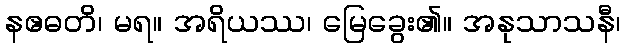
နဧဓတိ၊ မရ။ အရိယဿ၊ မြေခွေး၏။ အနုသာသနီ၊